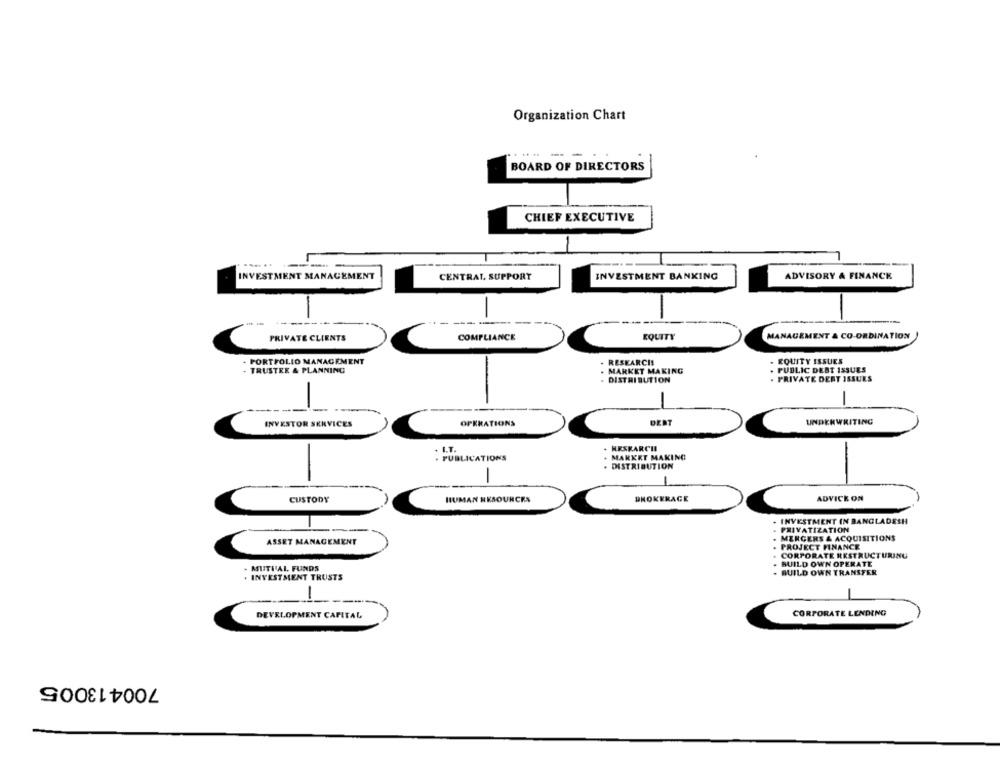
Organization Chart
-- --
BOARD OF DIRECTORS
CHIEF EXECUTIVE
..
7
---
INVESTMENT MANAGEMENT
CENTRAL. SUPPORT
INVESTMENT BANKING
ADVISORY & FINANCE
----
PRIVATE CLIENTS
COMPLIANCE
EQUITY
MANAGEMENT & CO-ORDINATION
. PORTFOLIO MANAGEMENT
RESEARCH!
- EQUITY ISSUES
TRUSTEE & PLANNING
MARKET MAKING
. PUBLIC DEBT ISSUES
. DISTRIBUTION
. PRIVATE DERT ISSUES
-
-
-
INVESTOR SERVICES
OPERATIONS
DEBT
UNDERWRITING
+ I.T.
. HESKARCHI
PUBLICATIONS
MARKET MAKING
DISTRIBUTION
-
-
-
CUSTODY
HUMAN RESOURCES
BROKERAGE
ADVICE ON
INVESTMENT IN BANGLADESH
PRIVATIZATION
MERGERS & ACQUISITIONS
ASSET MANAGEMENT
PROJECT FINANCE
CORPORATE RESTRUCTURING
BUILD OWN OPERATE
. MUTUAL FUNDS
. INVESTMENT TRUSTS
BUILD OWN TRANSFER
DEVELOPMENT CAPITAL
CORPORATE LENDING
700413005